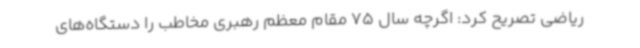
ریاضی تصریح کرد: اگرچه سال 75 مقام معظم رهبری مخاطب را دستگاه‌های